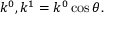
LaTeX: k ^ { 0 } , k ^ { 1 } = k ^ { 0 } \cos \theta .